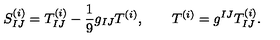
S _ { I J } ^ { ( i ) } = T _ { I J } ^ { ( i ) } - \frac { 1 } { 9 } g _ { I J } T ^ { ( i ) } , \qquad T ^ { ( i ) } = g ^ { I J } T _ { I J } ^ { ( i ) } .